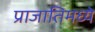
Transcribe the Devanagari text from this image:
प्राजातिमध्ये